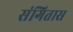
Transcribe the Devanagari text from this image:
संगितास